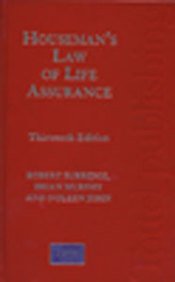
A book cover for Human Rights and Criminal Justice; Law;